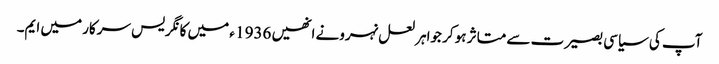
آپ کی سیاسی بصیرت سے متاثر ہو کر جواہر لعل نہرونے انھیں 1936 ء میں کانگریس سرکار میں ایم۔